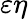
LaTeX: \varepsilon\eta